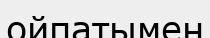
ойпатымен